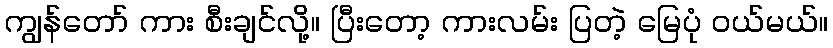
ကျွန်တော် ကား စီးချင်လို့။ ပြီးတော့ ကားလမ်း ပြတဲ့ မြေပုံ ဝယ်မယ်။